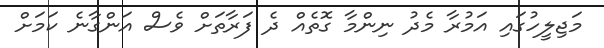
މަޖިލީހުގައި އަމުރާ މެދު ނިންމާ ގޮތެއް ދެ ފަރާތަށް ވެސް އަންގާނެ ކަމަށް